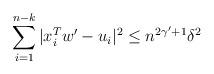
LaTeX: \begin{align*} \sum_{i=1}^{n-k} |x_i^T w' - u_i|^2 \le n^{2\gamma'+1} \delta^2\end{align*}